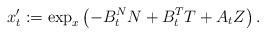
LaTeX: \begin{align*}x_t':=\exp_x\left( -B^N_tN+B^T_tT+ A_tZ\right).\end{align*}